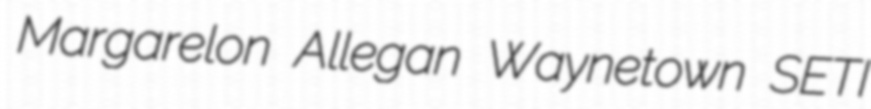
Margarelon Allegan Waynetown SETI